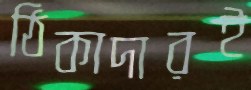
ঠিকাদারই